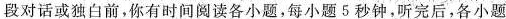
段对话或独白前,你有时间阅读各小题,每小题 5 秒钟,听完后,各小题